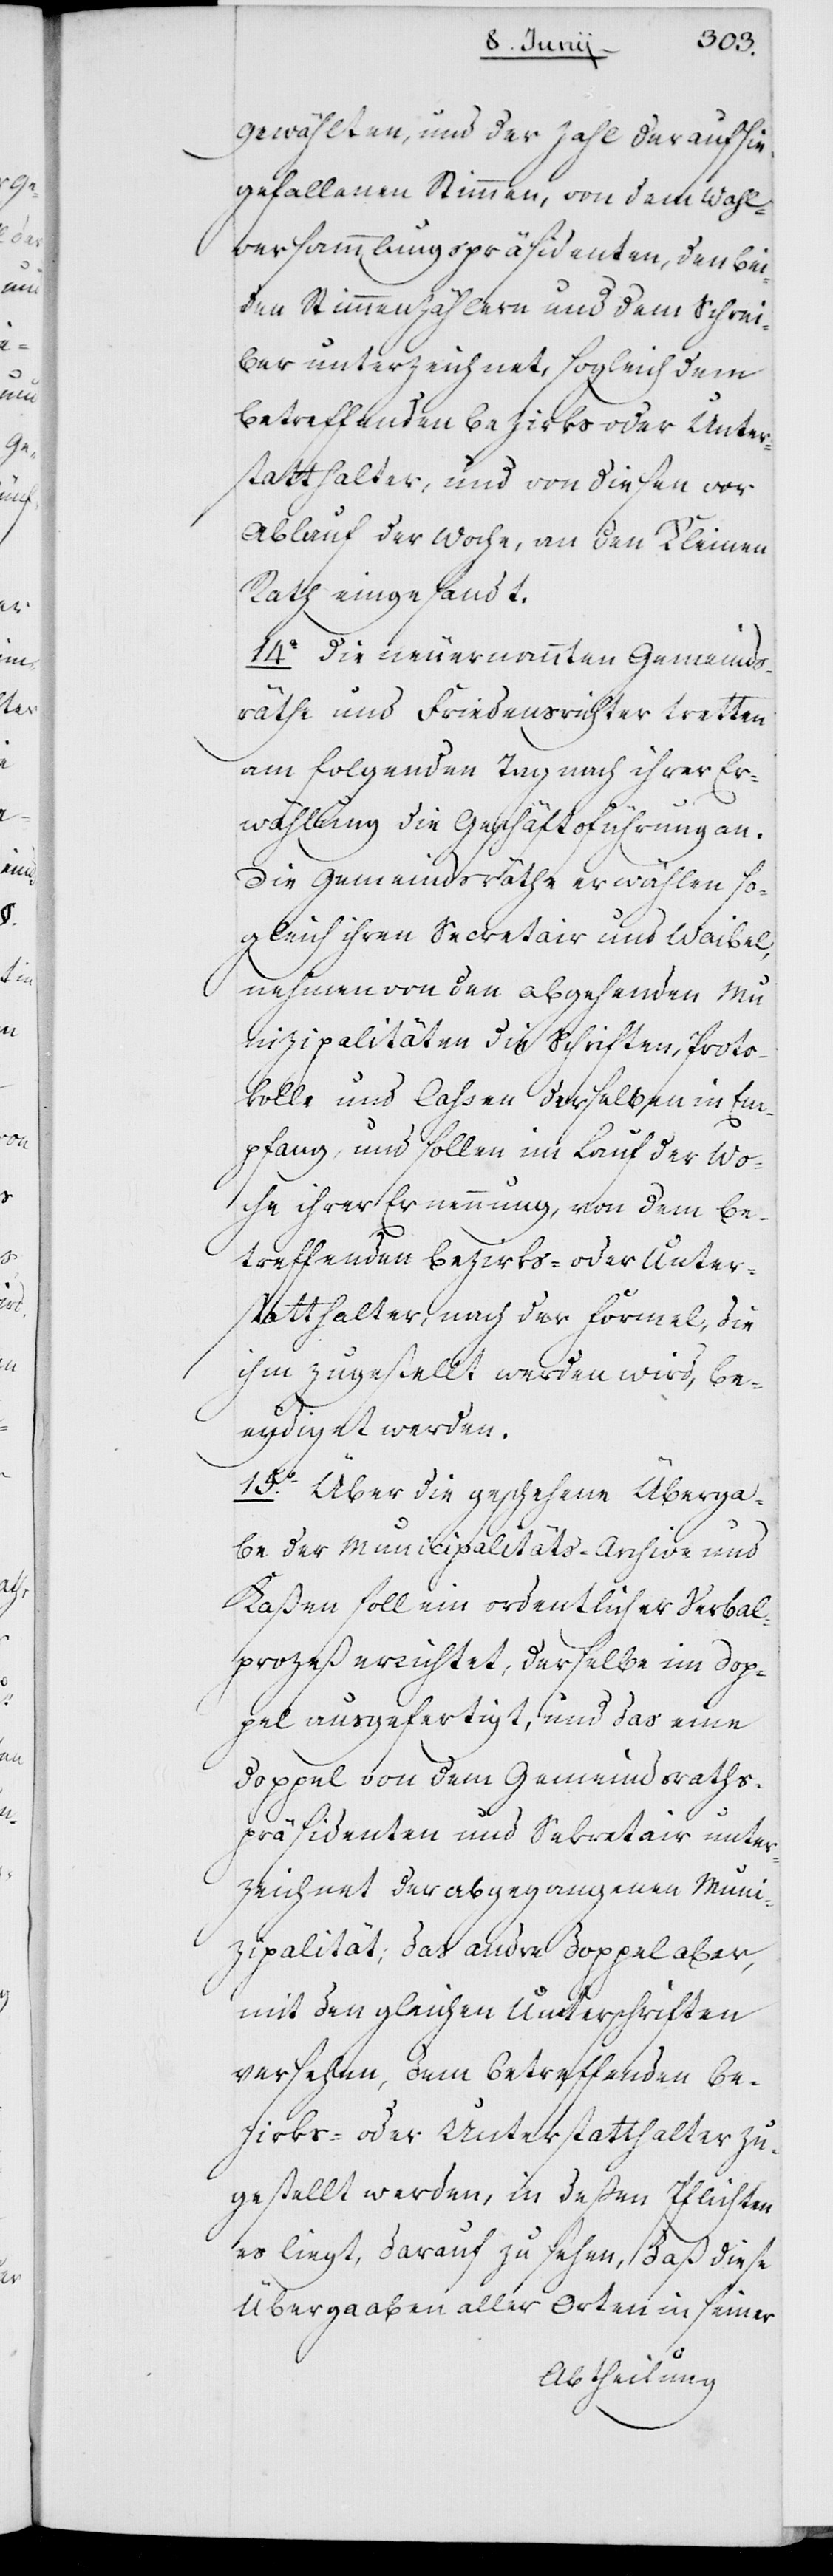
Gewählten und der Zahl der auf sie
gefallenen Stimmen, von dem Wahl¬
versammlungs-Präsidenten, den bey¬
den Stimmenzählern und dem Schrei¬
ber unterzeichnet, sogleich dem
betreffenden Bezirks- oder Unter¬
statthalter, und von diesen vor
Ablauf der Woche, an den Kleinen
Rath eingesandt.
14o Die neu ernannten Gemeinds¬
räthe und Friedensrichter tretten
am folgenden Tag nach ihrer Er¬
wählung die Geschäftsführung an.
Die Gemeindsräthe erwählen so¬
gleich ihren Secretair und Waibel,
nehmen von den abgehenden Mu¬
nizipalitäten die Schriften, Proto¬
kolle und Caßen derselben in Em¬
pfang, und sollen im Lauf der Wo¬
che ihrer Ernennung von dem be¬
treffenden Bezirks- oder Unter¬
statthalter, nach der Formel, die
ihm zugestellt werden wird, be¬
eydiget werden.
15o. Über die geschehene Überga¬
be der Municipalitäts-Archive und
Kaßen soll ein ordentlicher Verbal¬
prozeß errichtet, derselbe im Dop¬
pel ausgefertiget, und das eine
Doppel von dem Gemeindsrath¬
s-Präsidenten und Sekretair unter¬
zeichnet der abgegangenen Muni¬
zipalität, das andre Doppel aber,
mit den gleichen Unterschriften
versehen, dem betreffenden Be¬
zirks- oder Unterstatthalter zu¬
gestellt werden, in deßen Pflichten
es liegt, darauf zu sehen, daß diese
Übergaben aller Orten in seiner